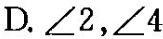
D.∠2，∠4